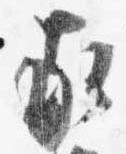
家